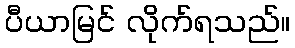
ပီယာမြင် လိုက်ရသည်။